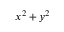
x ^ { 2 } + y ^ { 2 }